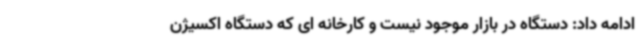
ادامه داد: دستگاه در بازار موجود نیست و کارخانه ای که دستگاه اکسیژن